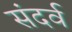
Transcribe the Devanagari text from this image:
संदर्व